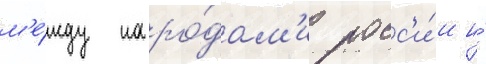
м'е́жду наро́дам'и росс'и́и и́